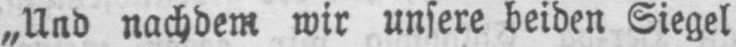
„Und nachdem wir unsere beiden Siegel